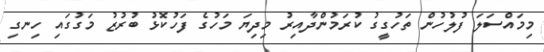
މިމައްސަލަ ފުލުހުން ތަހުގީގު ކުރަމުންދާއިރު މިދިޔަ މަހުގެ ފަހުކޮޅު ބުރުޒު މަގުގައި ހިނގި